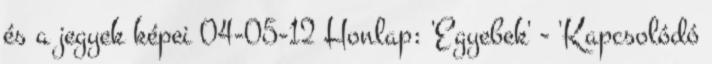
és a jegyek képei 04-05-12 Honlap: 'Egyebek' - 'Kapcsolódó